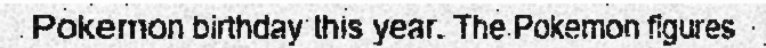
Pokemon birthday this year. The Pokemon figures